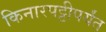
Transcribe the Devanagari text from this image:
किनारपट्टीपर्यंत